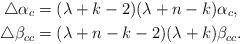
LaTeX: \begin{align*}\triangle \alpha_{c} &= (\lambda+k-2)(\lambda+n-k)\alpha_c, \\\triangle\beta_{cc} &= (\lambda+n-k-2)(\lambda+k)\beta_{cc}.\end{align*}